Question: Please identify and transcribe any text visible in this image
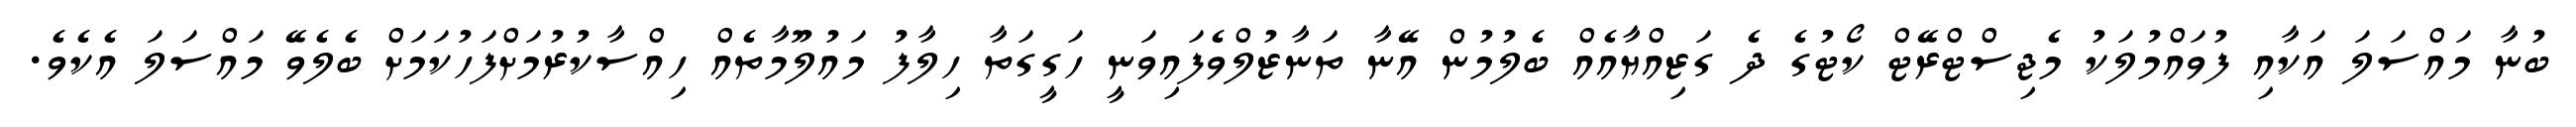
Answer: ބުނާ މައްސަލަ އަކާއި ފުވައްމުލަކު މެޖިސްޓްރޭޓް ކޯޓުގެ ދެ ގަޒިއްޔާއެއް ބެލުމުން އޭނާ ތަނާޒުލްވެފައިވަނީ ހަގީގަތާ ހިލާފު މައުލޫމާތެއް ހިއްސާކުރުމަށްފަހުކަމަށް ބެލެވޭ މައްސަލަ އެކެވެ.